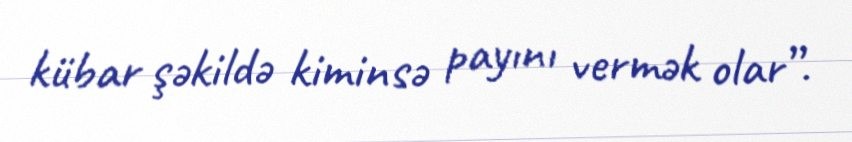
kübar şəkildə kiminsə payını vermək olar”.